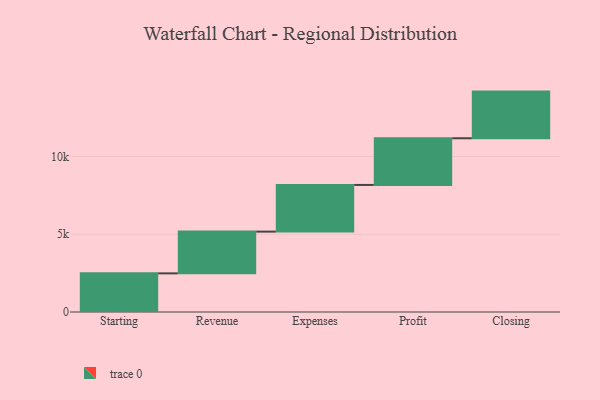
{"axis": {"x": "Step", "y": "Value"}, "legend": [""], "data": [{"x": "Starting", "y": 2483.0, "type": ""}, {"x": "Revenue", "y": 2684.0, "type": ""}, {"x": "Expenses", "y": 3000, "type": ""}, {"x": "Profit", "y": 3000, "type": ""}, {"x": "Closing", "y": 3000, "type": ""}]}